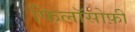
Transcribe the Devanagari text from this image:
फिलॉसोफ़ी